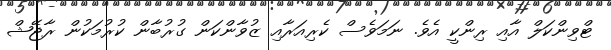
ޓްވިންކަލް އާއި ރިންކީ އެވެ. ނަމަވެސް ކެރިއަރާއި ޒުވާންކަން ގުރުބާން ކުރުމަކުން ރާޖޭޝް